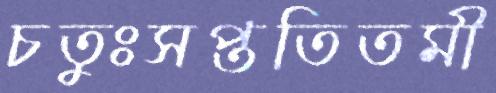
চতুঃসপ্ততিতমী